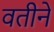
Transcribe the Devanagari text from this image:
वतीनें